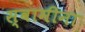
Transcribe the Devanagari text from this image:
स्वामीना